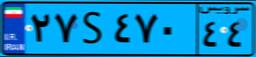
۲۷S۴۷۰۴۴